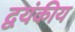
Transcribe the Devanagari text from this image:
द्वयंकीय